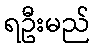
ရဦးမည်